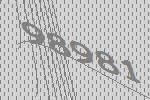
98981